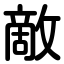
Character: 敵